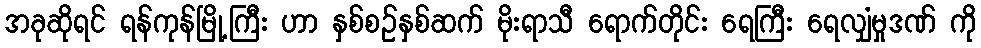
အခုဆိုရင် ရန်ကုန်မြို့ကြီး ဟာ နှစ်စဉ်နှစ်ဆက် မိုးရာသီ ရောက်တိုင်း ရေကြီး ရေလျှံမှုဒဏ် ကို